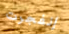
إنفجرت